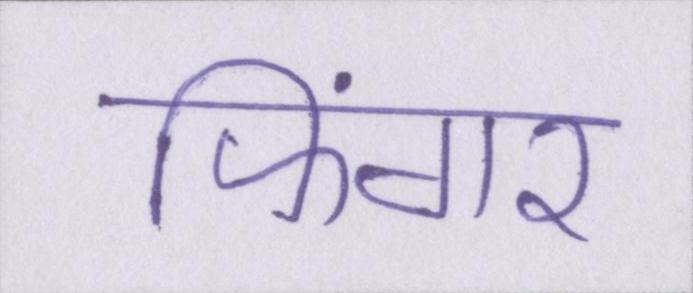
फिंगर